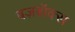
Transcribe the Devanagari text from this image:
बज़बॉक्स